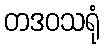
တဒဝသရုံ